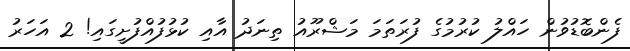
ފެންބޮޑުވުން ހައްލު ކުރުމުގެ ފުރަތަމަ މަޝްރޫއު ތިނަދު އާއި ކުޅުފުއްފުށީގައި! 2 އަހަރު